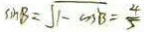
\sin B = \sqrt { 1 - \cos ^ { 2 } B } = \frac { 4 } { 5 }